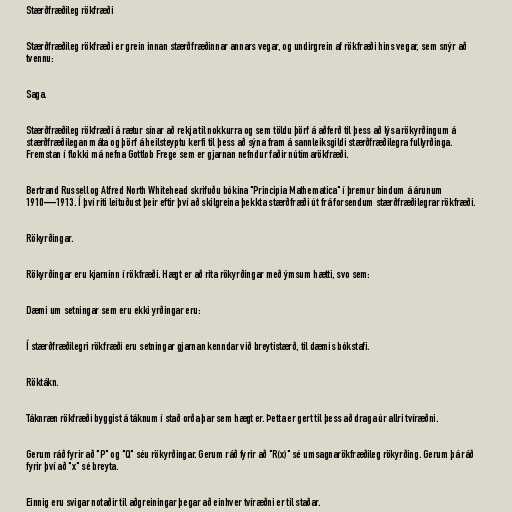
Stærðfræðileg rökfræði

Stærðfræðileg rökfræði er grein innan stærðfræðinnar annars vegar, og undirgrein af rökfræði hins vegar, sem snýr að
tvennu:

Saga.

Stærðfræðileg rökfræði á rætur sínar að rekja til nokkurra og sem töldu þörf á aðferð til þess að lýsa rökyrðingum á
stærðfræðilegan máta og þörf á heilsteyptu kerfi til þess að sýna fram á sannleiksgildi stærðfræðilegra fullyrðinga.
Fremstan í flokki má nefna Gottlob Frege sem er gjarnan nefndur faðir nútímarökfræði.

Bertrand Russell og Alfred North Whitehead skrifuðu bókina "Principia Mathematica" í þremur bindum á árunum
1910—1913. Í því riti leituðust þeir eftir því að skilgreina þekkta stærðfræði út frá forsendum stærðfræðilegrar rökfræði.

Rökyrðingar.

Rökyrðingar eru kjarninn í rökfræði. Hægt er að rita rökyrðingar með ýmsum hætti, svo sem:

Dæmi um setningar sem eru ekki yrðingar eru:

Í stærðfræðilegri rökfræði eru setningar gjarnan kenndar við breytistærð, til dæmis bókstafi.

Röktákn.

Táknræn rökfræði byggist á táknum í stað orða þar sem hægt er. Þetta er gert til þess að draga úr allri tvíræðni.

Gerum ráð fyrir að "P" og "Q" séu rökyrðingar. Gerum ráð fyrir að "R(x)" sé umsagnarökfræðileg rökyrðing. Gerum þá ráð
fyrir því að "x" sé breyta.

Einnig eru svigar notaðir til aðgreiningar þegar að einhver tvíræðni er til staðar.